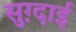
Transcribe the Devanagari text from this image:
सुग़्दाई